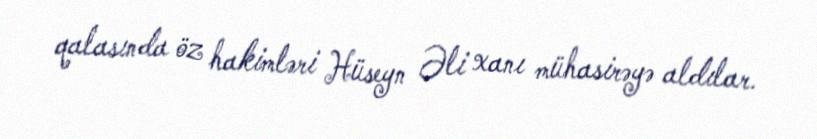
qalasında öz hakimləri Hüseyn Əli xanı mühasirəyə aldılar.